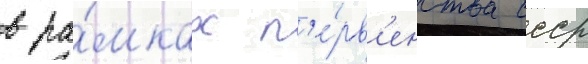
в ра́мках п'е́рв'енства ссср